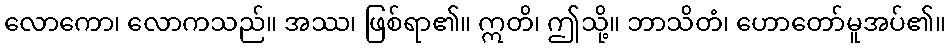
လောကော၊ လောကသည်။ အဿ၊ ဖြစ်ရာ၏။ ဣတိ၊ ဤသို့။ ဘာသိတံ၊ ဟောတော်မူအပ်၏။